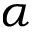
\alpha